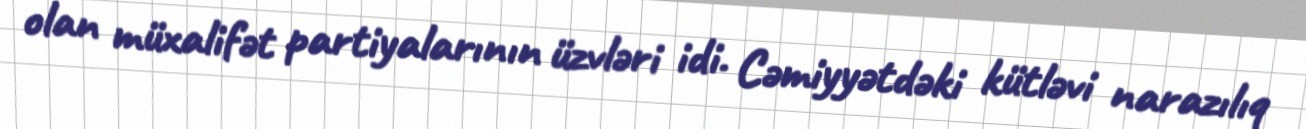
olan müxalifət partiyalarının üzvləri idi. Cəmiyyətdəki kütləvi narazılıq